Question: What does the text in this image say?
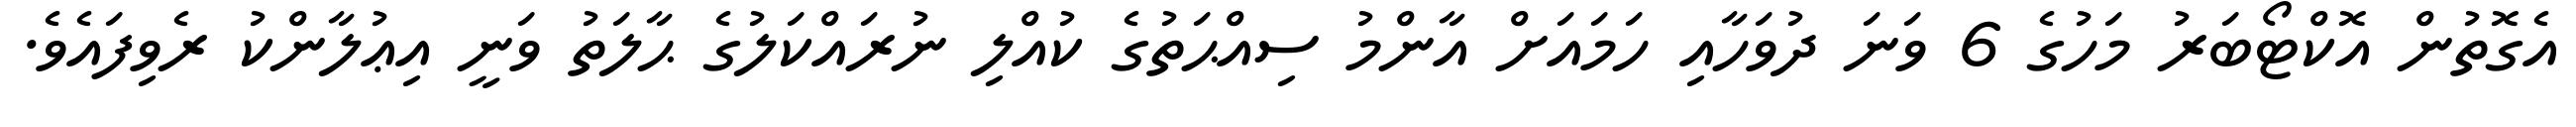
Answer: އެގޮތުން އޮކްޓޯބަރު މަހުގެ 6 ވަނަ ދުވަހާއި ހަމައަށް އާންމު ސިއްޙަތުގެ ކުއްލި ނުރައްކަލުގެ ޙާލަތު ވަނީ އިޢުލާންކު ރެވިފައެވެ.